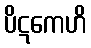
ပိဋကေဟိ